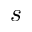
s